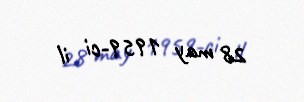
28 may 1959-ci il